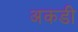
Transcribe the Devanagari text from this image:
अकडी